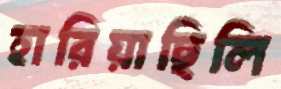
হারিয়াছিলি